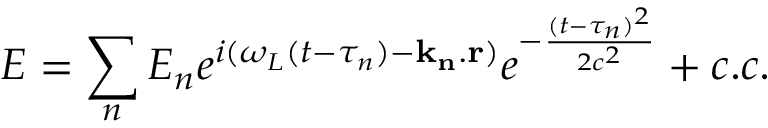
E = \sum _ { n } E _ { n } e ^ { i ( \omega _ { L } ( t - \tau _ { n } ) - \mathbf { k _ { n } } . \mathbf { r } ) } e ^ { - \frac { ( t - \tau _ { n } ) ^ { 2 } } { 2 c ^ { 2 } } } + c . c .